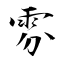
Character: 雰